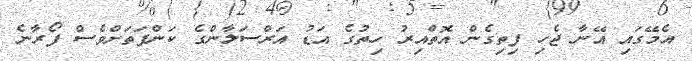
އެމޭގައި އޭނާ ޖެހި ފިތިގެން އޮތްއިރު ހިތުގެ އަޑު އަރްސަލާންގެ ކަންފަތަށްވެސް ފޯރާނެ